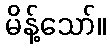
မိန့်သော်။